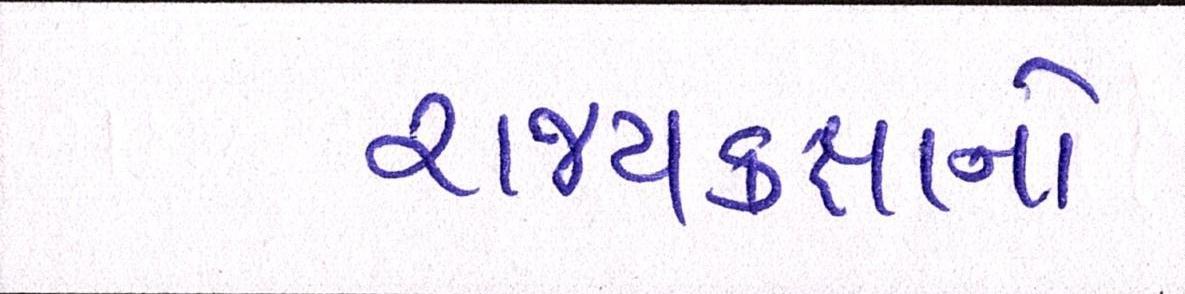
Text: રાજ્યકક્ષાનો